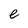
Character: e